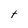
Character: t